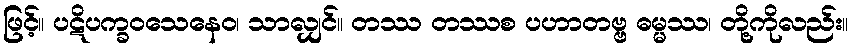
ဖြင့်။ ပဋိပက္ခဝသေနေဝ၊ သာလျှင်။ တဿ တဿစ ပဟာတဗ္ဗ ဓမ္မဿ၊ တို့ကိုလည်း။